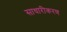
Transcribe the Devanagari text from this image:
साधारीकरण